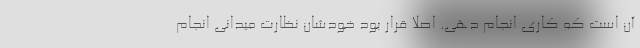
آن است که کاری انجام دهی. اصلا قرار بود خودشان نظارت میدانی انجام